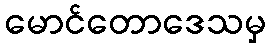
မောင်တောဒေသမှ